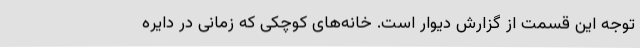
توجه این قسمت از گزارش دیوار است. خانه‌های کوچکی که زمانی در دایره